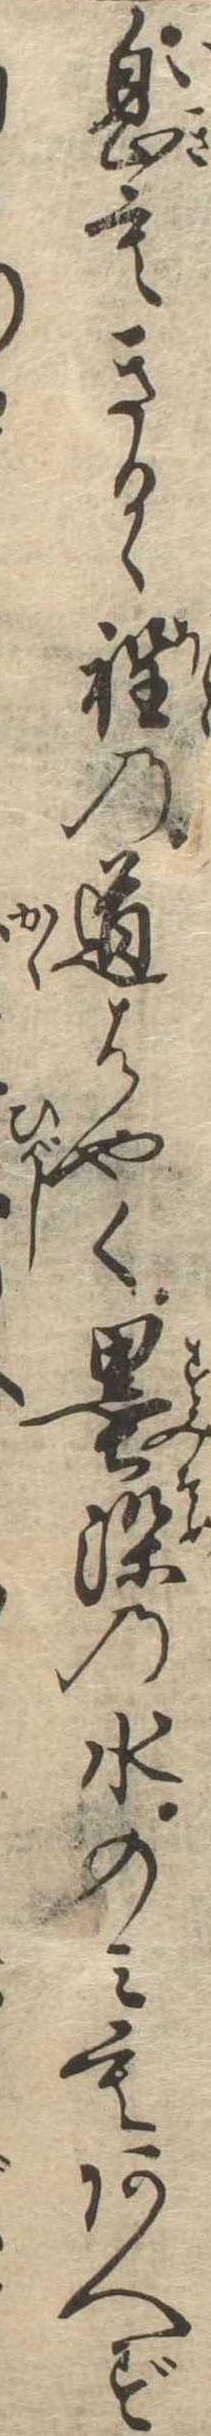
息もきるゝ程の道はやく墨染の水のみもあへず